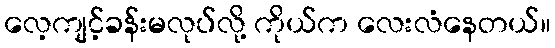
လေ့ကျင့်ခန်းမလုပ်လို့ ကိုယ်က လေးလံနေတယ်။